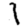
Digit: 1